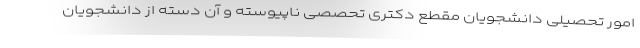
امور تحصیلی دانشجویان مقطع دکتری تحصصی ناپیوسته و آن دسته از دانشجویان